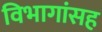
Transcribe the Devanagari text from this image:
विभागांसह